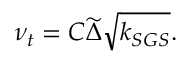
\nu _ { t } = C \widetilde { \Delta } \sqrt { k _ { S G S } } .